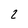
Character: 2